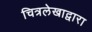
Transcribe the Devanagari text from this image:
चित्रलेखाद्वारा